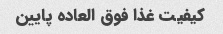
کیفیت غذا فوق العاده پایین